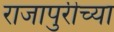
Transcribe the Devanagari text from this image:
राजापुरीच्या